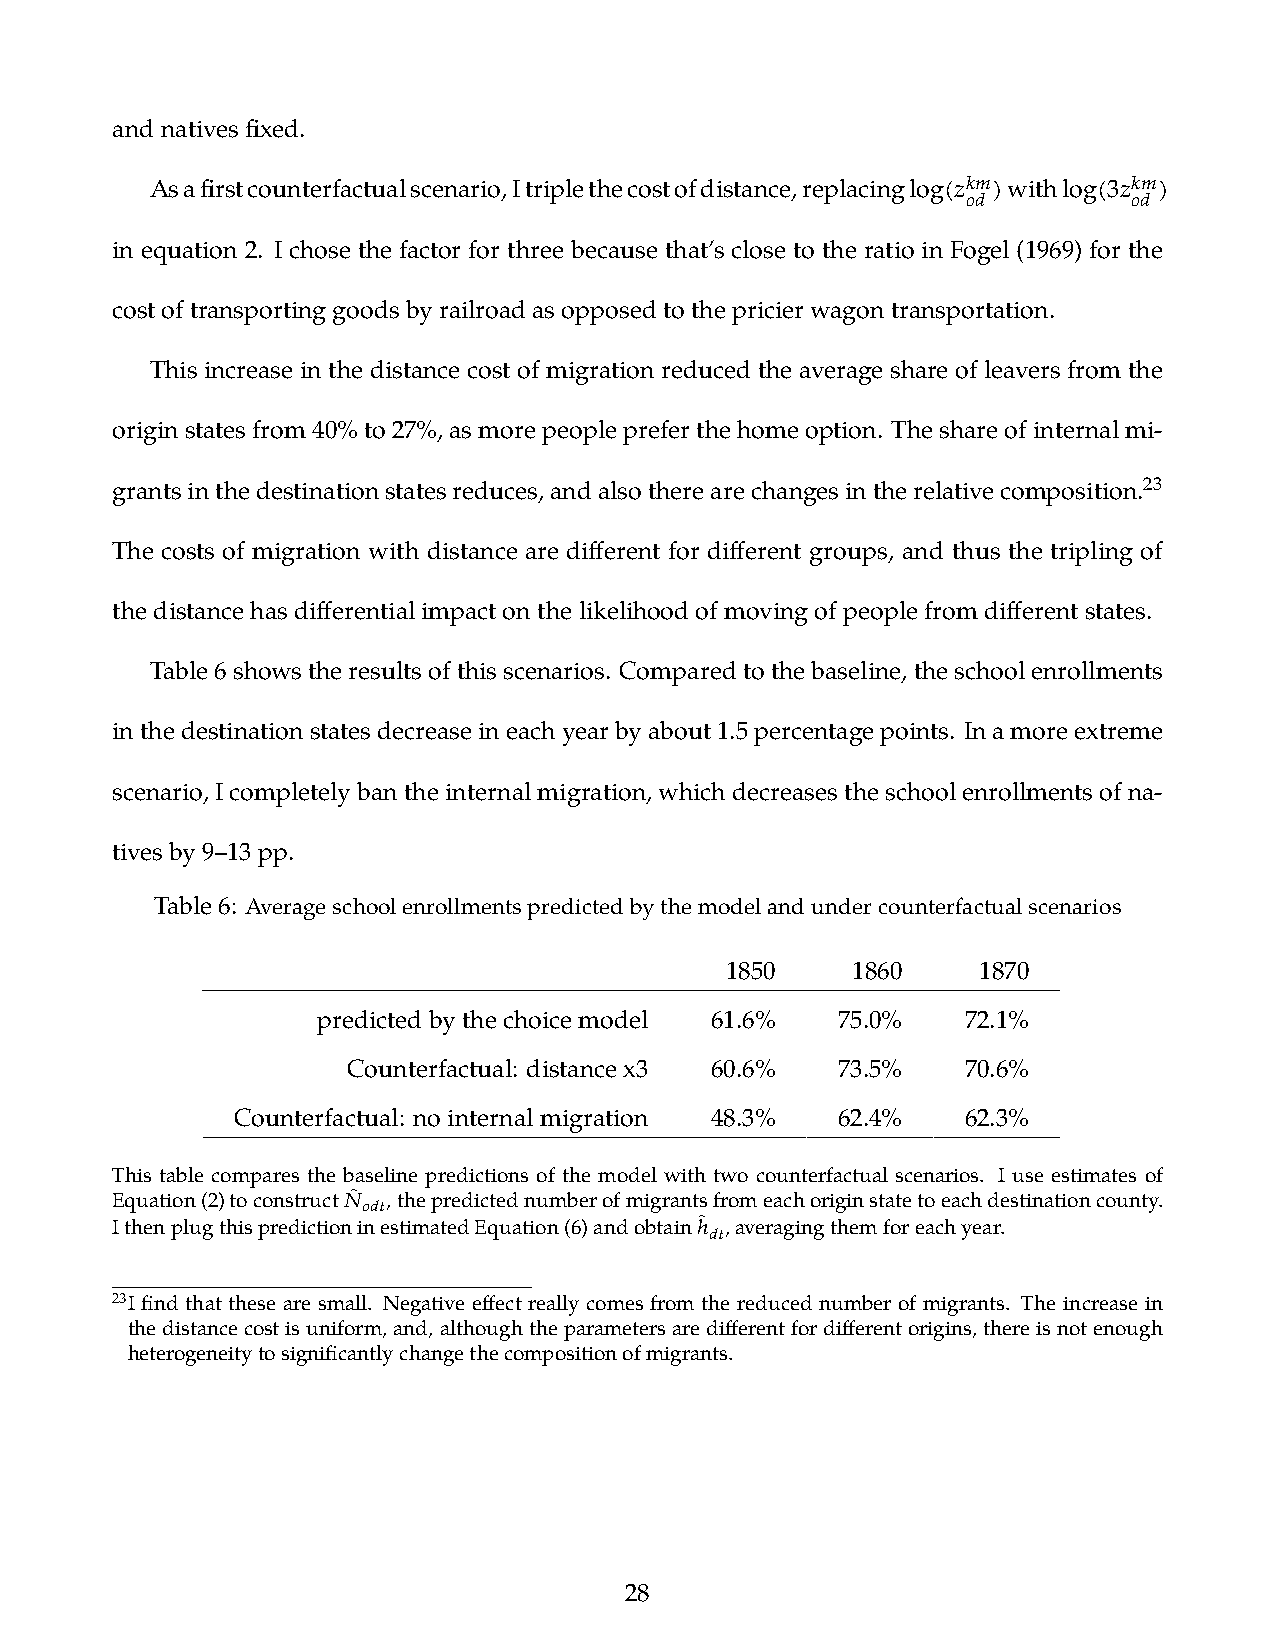
andnativesfixed.
 Asafirstcounterfactualscenario,Itriplethecostofdistance,replacinglog(𝑧𝑘𝑚)withlog(3𝑧𝑘𝑚)
 𝑜𝑑         𝑜𝑑
 in equation 2. I chose the factor for three because that’s close to the ratio in Fogel (1969) for the
 costoftransportinggoodsbyrailroadasopposedtothepricierwagontransportation.
 This increase in the distance cost of migration reduced the average share of leavers from the
 originstatesfrom40%to27%,asmorepeoplepreferthehomeoption. Theshareofinternalmi-
 grantsinthedestinationstatesreduces,andalsotherearechangesintherelativecomposition.23
 The costs of migration with distance are different for different groups, and thus the tripling of
 thedistancehasdifferentialimpactonthelikelihoodofmovingofpeoplefromdifferentstates.
 Table6showstheresultsofthisscenarios. Comparedtothebaseline,theschoolenrollments
 inthedestinationstatesdecreaseineachyearbyabout1.5percentagepoints. Inamoreextreme
 scenario,Icompletelybantheinternalmigration,whichdecreasestheschoolenrollmentsofna-
 tivesby9–13pp.
 Table6: Averageschoolenrollmentspredictedbythemodelandundercounterfactualscenarios
 1850    1860     1870
 predictedbythechoicemodel 61.6%   75.0%    72.1%
 Counterfactual: distancex3 60.6% 73.5%   70.6%
 Counterfactual: nointernalmigration 48.3% 62.4%  62.3%
 This table compares the baseline predictions of the model with two counterfactual scenarios. I use estimates of
 Equation(2)toconstruct𝑁̂ ,thepredictednumberofmigrantsfromeachoriginstatetoeachdestinationcounty.
 𝑜𝑑𝑡
 IthenplugthispredictioninestimatedEquation(6)andobtainℎ̂ ,averagingthemforeachyear.
 𝑑𝑡
 23I find that these are small. Negative effect really comes from the reduced number of migrants. The increase in
 thedistancecostisuniform,and,althoughtheparametersaredifferentfordifferentorigins,thereisnotenough
 heterogeneitytosignificantlychangethecompositionofmigrants.
 28